65_HS1-834228961_62-HQ-83894_Section_9
Agency: FBI
Page 273
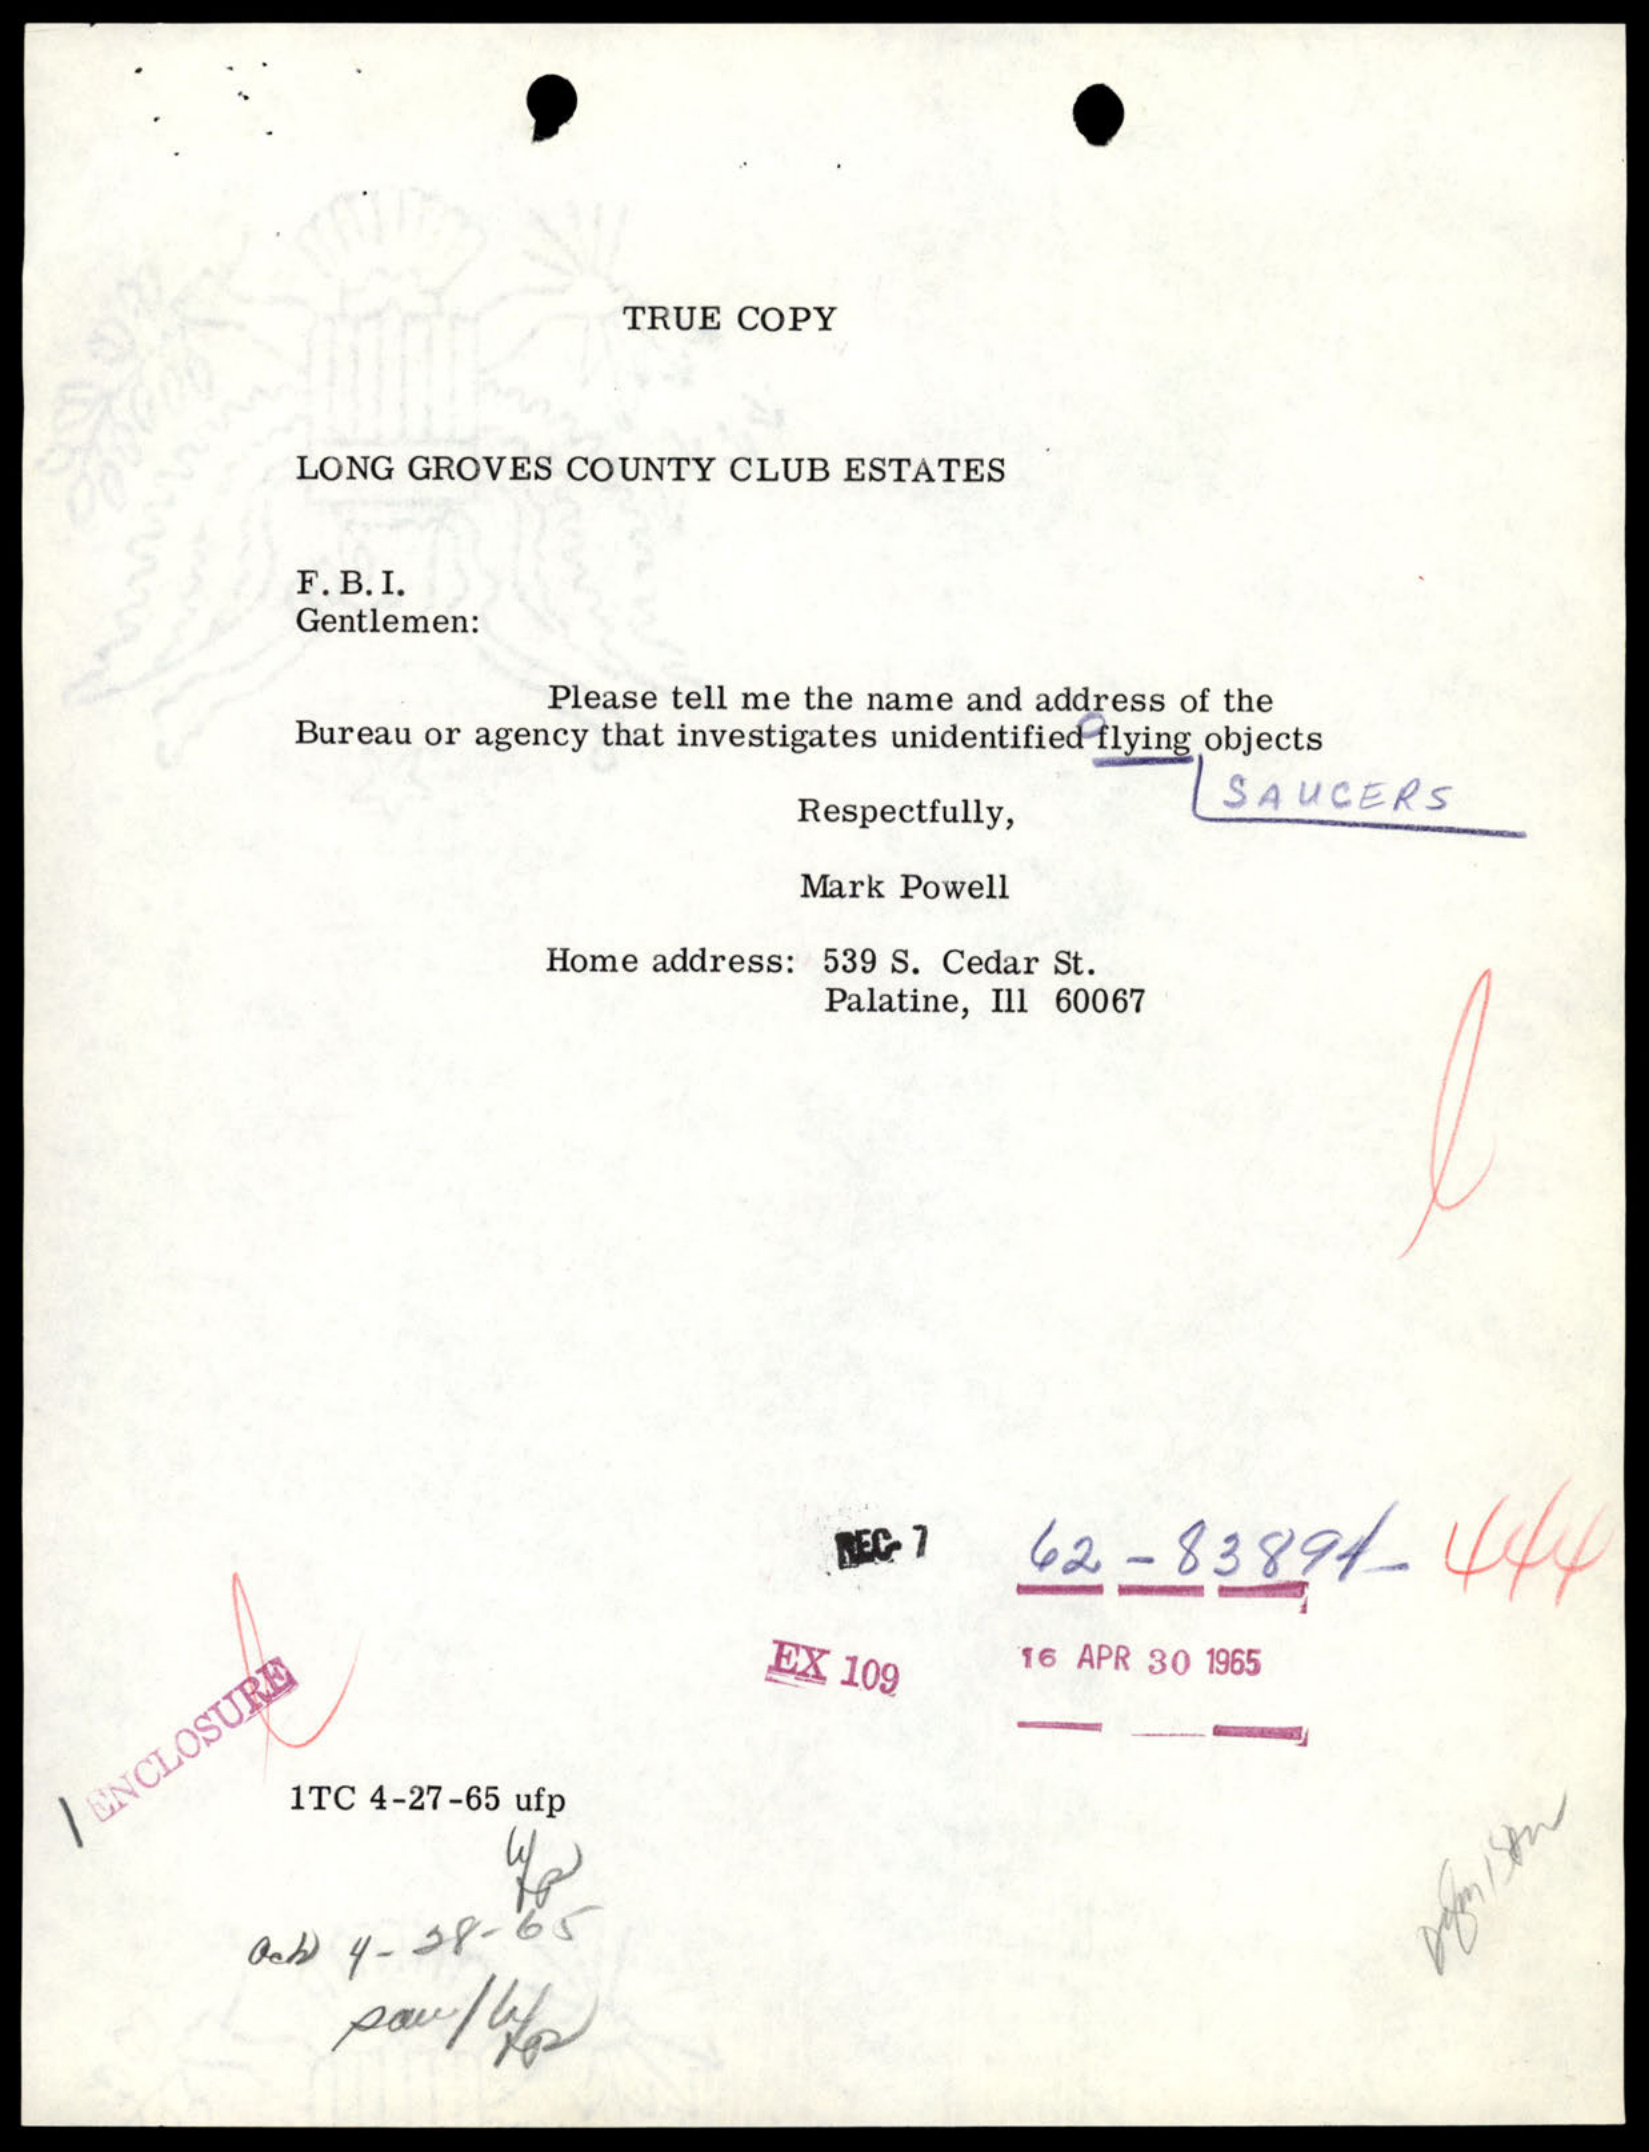